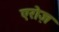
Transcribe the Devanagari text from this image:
एरोज़